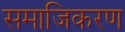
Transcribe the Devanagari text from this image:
समाजिकरण